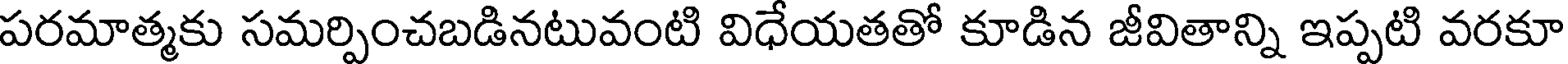
పరమాత్మకు సమర్పించబడినటువంటి విధేయతతో కూడిన జీవితాన్ని ఇప్పటి వరకూ